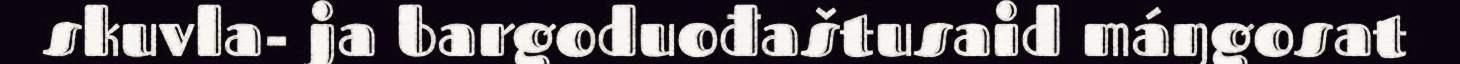
skuvla- ja bargoduođaštusaid máŋgosat